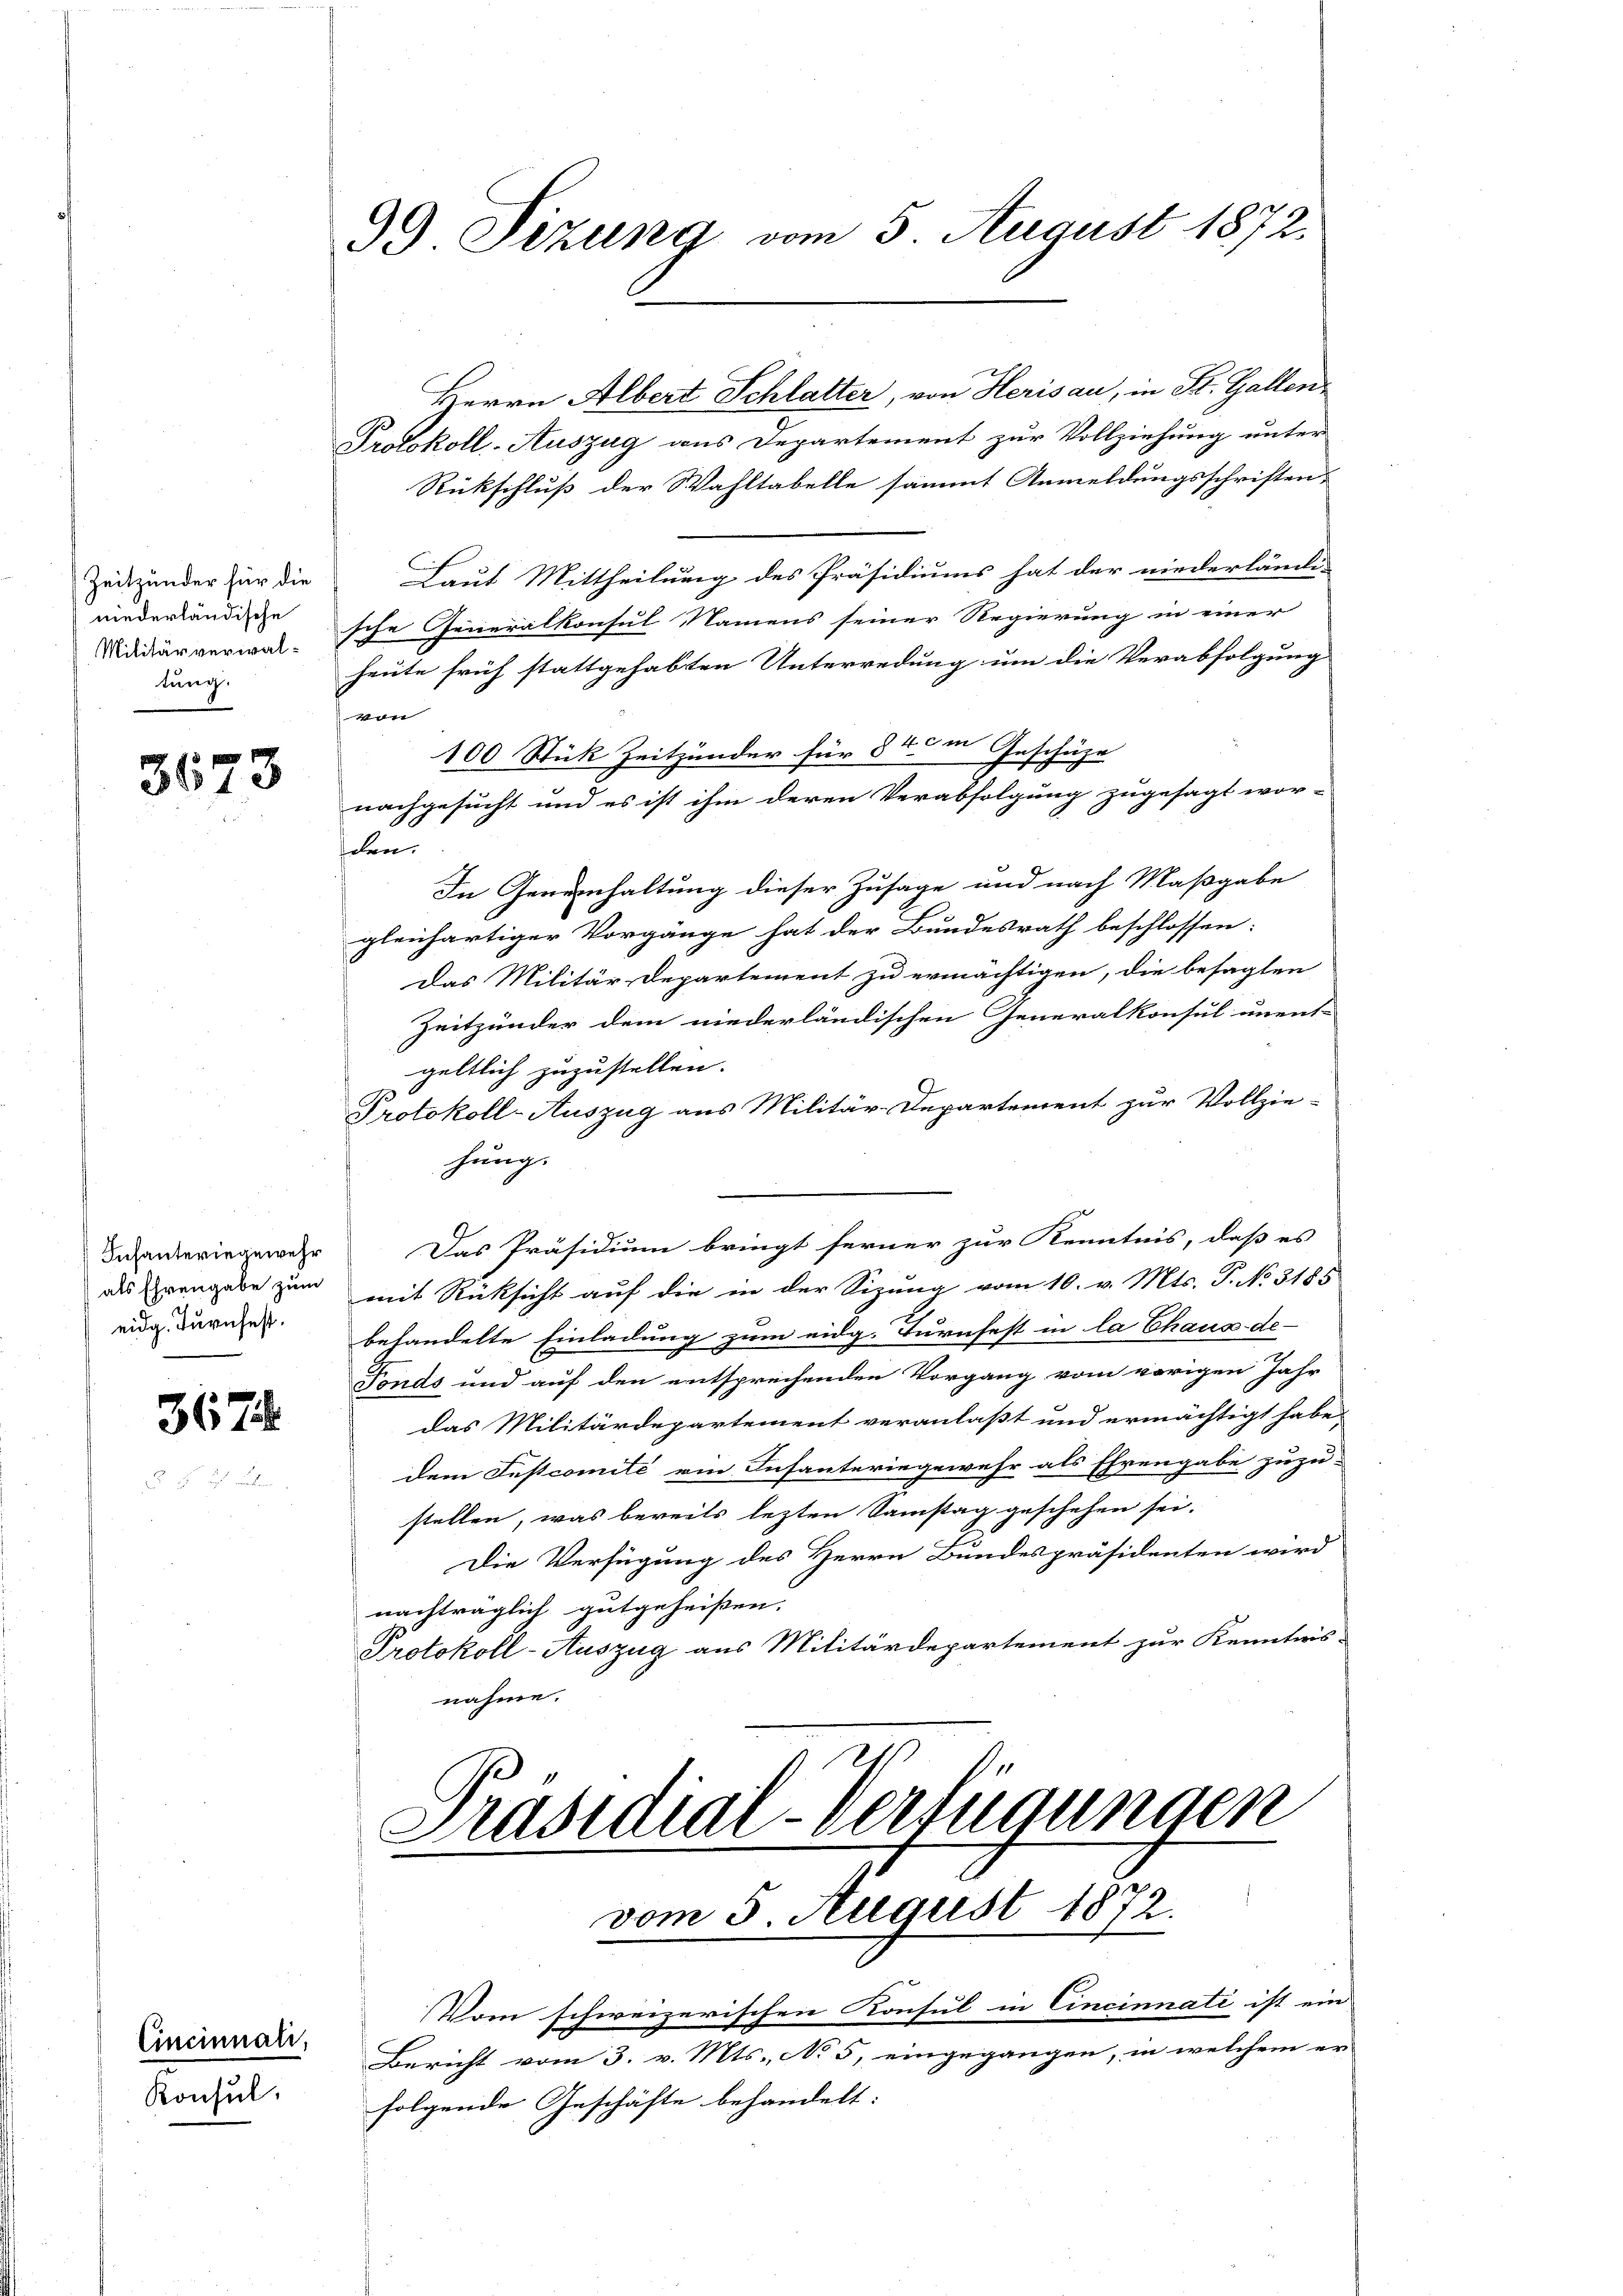
Zeitzänder für die
niederländische
Militärverwaltung.

3673

Infanteriegewehr
eidg. Turnfest.

367.

Cincinnali,
Konsul

99. Sitzung vom 5. August 1872.

Herrn Albert Schlatter, von Herisau, in K. Gallen
Protokoll-Auszug aus Departement zur Vollziehung unter
Rückschluß der Wahltabelle sämmt Anmeldungsschriften-
Laut Mittheilung des Präsidiums hat der niederländi-
sche Generalkonsul Namens seiner Regierung in einer
heute früh stattgehabten Unterredung um die Verabfolgung
von
100 Stück Zeitzänder für 8 45 in Geschäze
nachgesucht und es ist ihm deren Verabfolgung zugesagt wor-
den.
In Gereinhaltung dieser Zusage und nach Maßgabe
gleichartiger Vorgänge hat der Bundesrath beschlossen:
Das Militär Departement zu ermächtigen, die besagten
Zeitzünder dem niederländischen Generalkonsul unent-
geltlich zuzustellen.
Protokoll-Auszug aus Militär-Departement zur Vollzie-
hung.
Das Präsidium bringt ferner zur Kenntnis, daß es
als Grangabe zum mit Rücksicht auf die in der Sizung vom 10. v. Mts. P. No 3185
behandelte Einladung zum eidg. Türnfest in la Chaux-de-
Fonds und auf den entsprechenden Vorgang vom vorigen Jahr
das Militärdepartement veranlaßt und ermächtigt habe
dem Instcomité ein Infanteringewehr als Ehrengabe zuzu-
stellen, was bereits lezten Samstag geschehen sei.
Es
Die Verfügung des Herrn Bundespräsidenten wird
nachträglich gutgeheißen.
Protokoll-Auszug aus Militärdepartement zur Kenntnis-
nahme.
Präsidial-Verfügungen

vom 5. August 1872.
Vom schweizerischen Konsul in Cincinnate ist ein

Bericht vom 3. v. Mts., No 5, eingegangen, in welchem er
folgende Geschäfte behandelt: